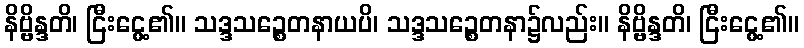
နိဗ္ဗိန္ဒတိ၊ ငြီးငွေ့၏။ သဒ္ဒသဉ္စေတနာယပိ၊ သဒ္ဒသဉ္စေတနာ၌လည်း။ နိဗ္ဗိန္ဒတိ၊ ငြီးငွေ့၏။